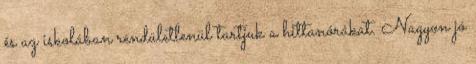
és az iskolában rendületlenül tartjuk a hittanórákat. Nagyon jó